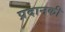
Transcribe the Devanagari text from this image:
प्रदानकी